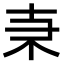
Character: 𠦙